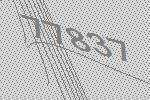
77837